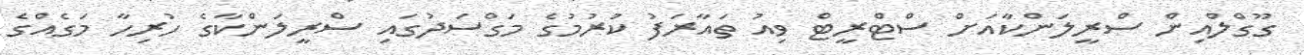
ގޫގްލްއިން ސްރީލަންކާއަށް ސްޓްރީޓް ވިއު ތައާރަފު ކުރުމުގެ މަގްސަދުގައި ސްރީލަންކާގެ ހުރިހާ މަގެއްގެ